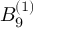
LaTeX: { B } _ { 9 } ^ { ( 1 ) }